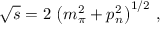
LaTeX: \sqrt { s } = 2 \, \left( m _ { \pi } ^ { 2 } + p _ { n } ^ { 2 } \right) ^ { 1 / 2 } \, ,